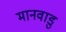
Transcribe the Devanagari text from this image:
मानवाडु